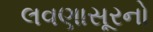
લવણાસૂરનો